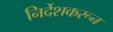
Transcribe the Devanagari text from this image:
निर्देशकरून